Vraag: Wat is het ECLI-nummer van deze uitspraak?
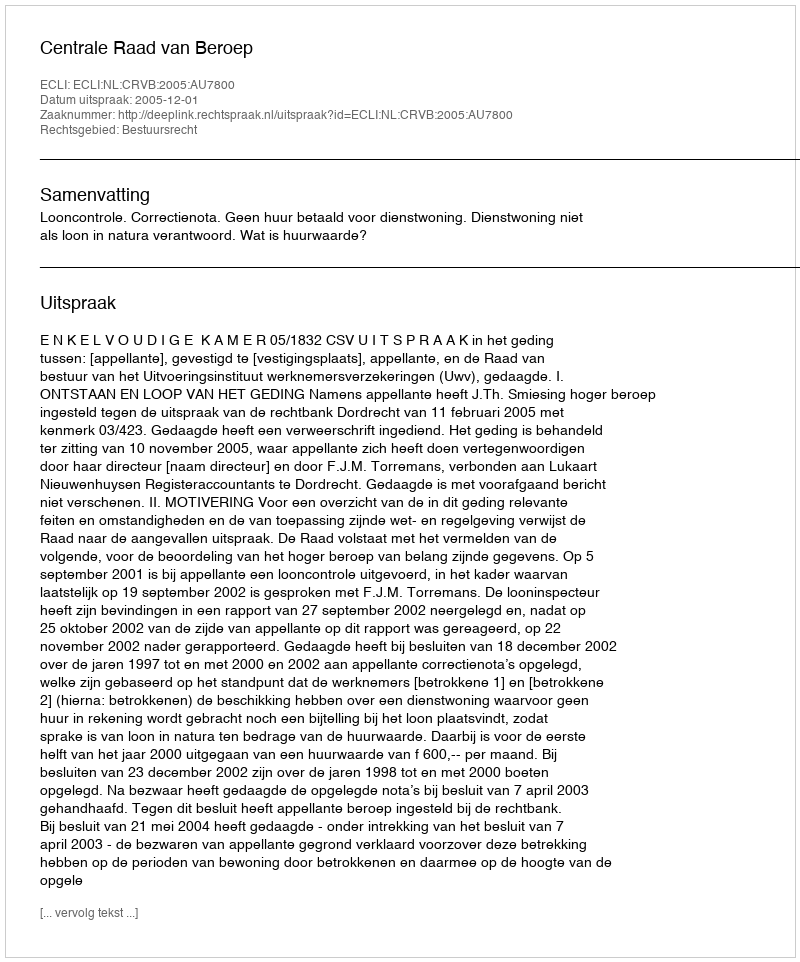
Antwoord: ECLI:NL:CRVB:2005:AU7800